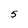
Character: 5